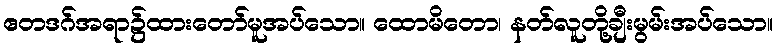
ဧတဒဂ်အရာ၌ထားတော်မူအပ်သော။ ထောမိတော၊ နတ်လူတို့ချီးမွမ်းအပ်သော။